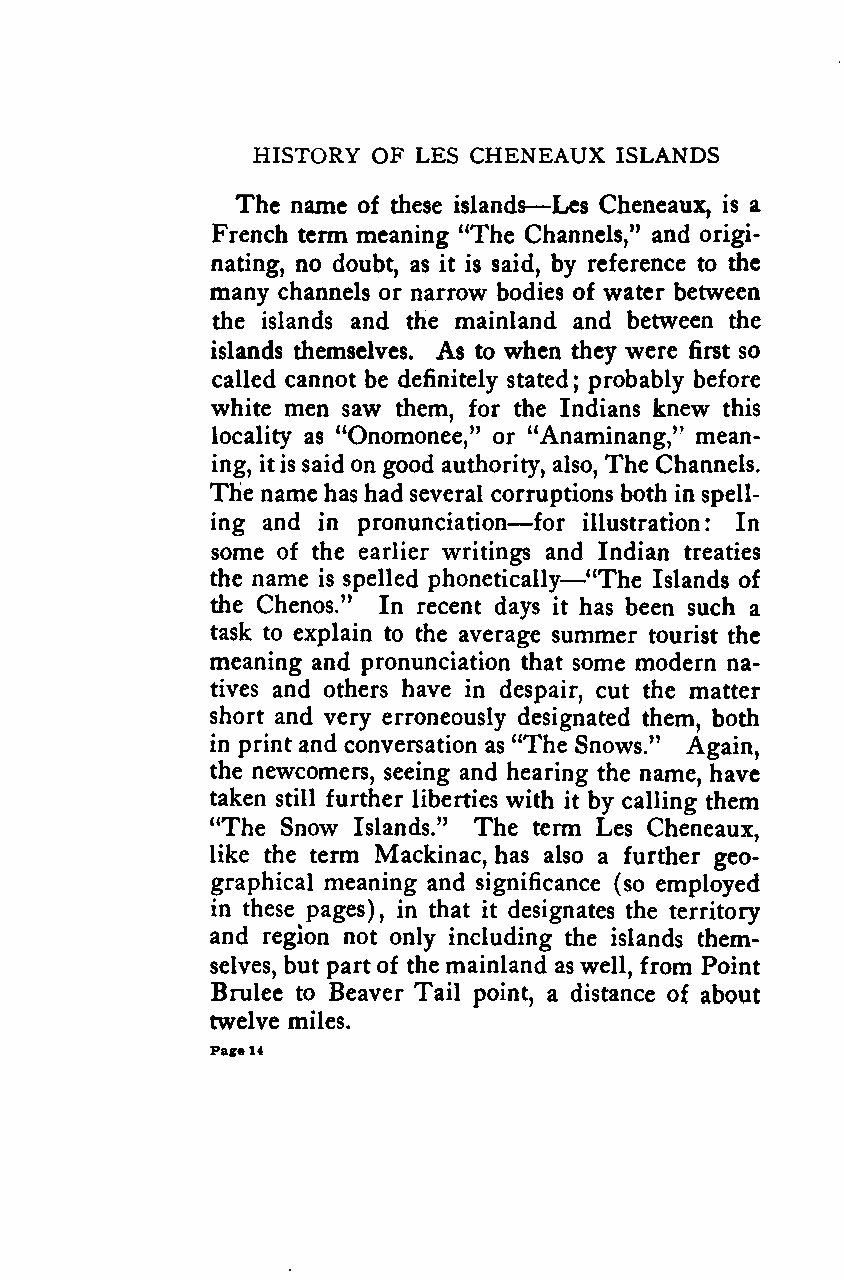
HISTORY OF LES CHENEAUX ISLANDS
 —
 The name of these islands Les Cheneaux, is a
 French term meaning "The Channels," and origi-
 nating, no doubt, as it is said, by reference to the
 many channels or narrow bodies of water between
 the islands and the mainland and between the
 islands themselves. As to when they were first so
 called cannot be definitely stated; probably before
 white men saw them, for the Indians knew this
 locality as "Onomonee," or "Anaminang," mean-
 ing, itis said on good authority, also, The Channels.
 The name has had several corruptions both in spell-
 —
 ing and in pronunciation for illustration: In
 some of the earlier writings an—d Indian treaties
 the name is spelled phonetically "The Islands of
 the Chenos." In recent days it has been such a
 task to explain to the average summer tourist the
 meaning and pronunciation that some modern na-
 tives and others have in despair, cut the matter
 short and very erroneously designated them, both
 in print and conversation as "The Snows." Again,
 the newcomers, seeing and hearing the name, have
 taken still further liberties with it by calling them
 "The Snow Islands." The term Les Cheneaux,
 like the term Mackinac, has also a further geo-
 graphical meaning and significance (so employed
 in these pages), in that it designates the territory
 and region not only including the islands them-
 selves, but partof the mainland as well, from Point
 Brulee to Beaver Tail point, a distance of about
 twelve miles.
 Page14
 Google
 Digitizedby